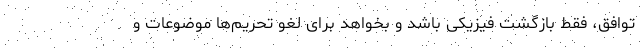
توافق، فقط بازگشت فیزیکی باشد و بخواهد برای لغو تحریم‌ها موضوعات و